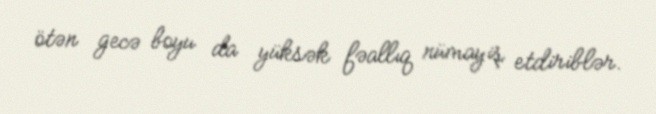
ötən gecə boyu da yüksək fəallıq nümayiş etdiriblər.